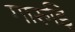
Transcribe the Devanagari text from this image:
गारुड़ि